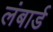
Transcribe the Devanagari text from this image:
लंबार्ड